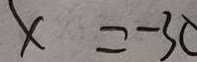
x = - 3 0